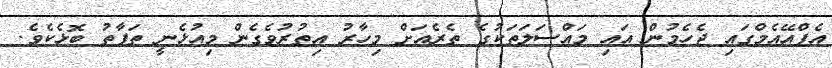
އެފްއޭއެމްގައި ޖެހެމުން އައި މައްސަލަތަކުގެ ތެރެއަށް މިހާރު އިތުރުވެގެން މިއުޅެނީ ތަފާތު ބޮޅެކެވެ.